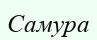
Самура